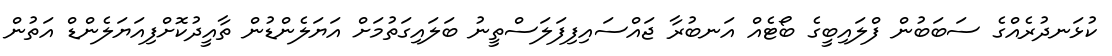
ކުޅަނދުރެއްގެ ސަބަބުން ފްލައިބީގެ ބޯޓެއް އަނބުރާ ޖައްސައިފިފަލަސްތީނު ބަލައިގަތުމަށް އަޔަލެންޑުން ތާއީދުކޮށްފިއަޔަލެންޑް އަތުން